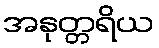
အနုတ္တရိယ